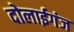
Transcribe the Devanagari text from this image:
दोलाईगंज